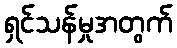
ရှင်သန်မှုအတွက်